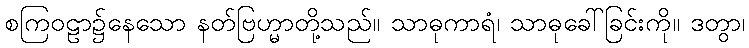
စကြဝဠာ၌နေသော နတ်ဗြဟ္မာတို့သည်။ သာဓုကာရံ၊ သာဓုခေါ်ခြင်းကို။ ဒတွာ၊